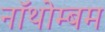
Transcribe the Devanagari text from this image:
नॉथोम्बम